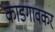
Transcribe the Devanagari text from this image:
काडगावकर